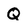
Character: Q